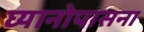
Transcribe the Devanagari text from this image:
घ्यानोपासना